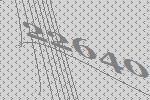
22640